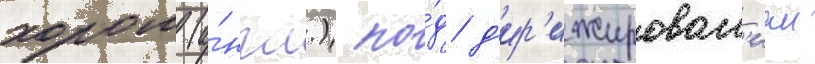
хором (а́нгл.) по́д д'ир'ижирован'ием